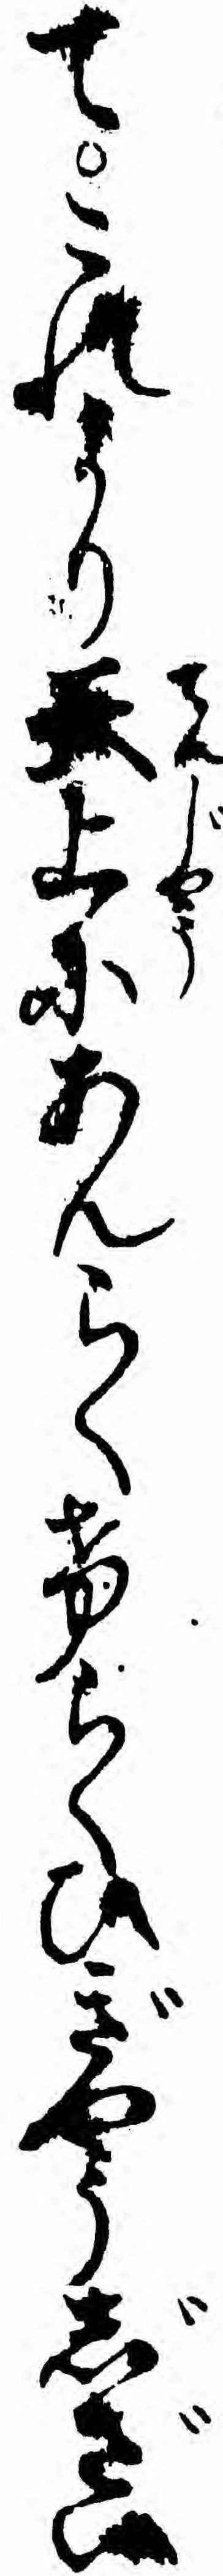
てこれより天上にあんらくけらくひぎやうじざい